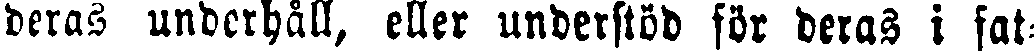
deras underhåll, eller understöd för deras i fat-